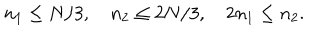
n _ { 1 } \le N / 3 , \quad n _ { 2 } \le 2 N / 3 , \quad 2 n _ { 1 } \le n _ { 2 } .